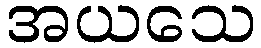
အယသေ